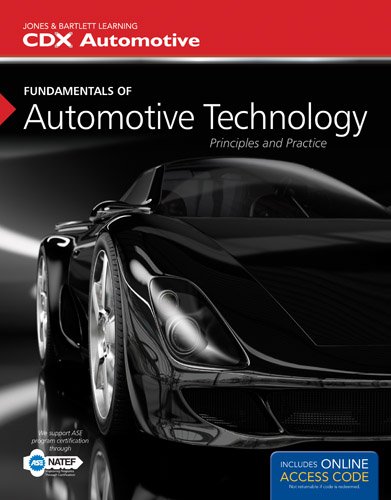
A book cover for Fundamentals Of Automotive Technology: Principles and Practice; CDX Automotive; Engineering & Transportation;